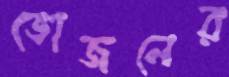
ভোজনের